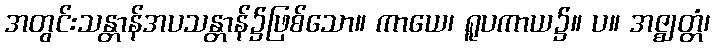
အတွင်းသန္တာန်အပသန္တာန်၌ဖြစ်သော။ ကာယေ၊ ရူပကာယ၌။ ပ။ အဇ္ဈတ္တံ၊